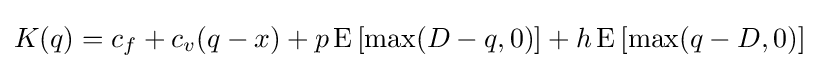
K(q)=c_{f}+c_{v}(q-x)+p\operatorname {E} \left[\max(D-q,0)\right]+h\operatorname {E} \left[\max(q-D,0)\right]